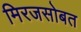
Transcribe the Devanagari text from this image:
मिरजसोबत